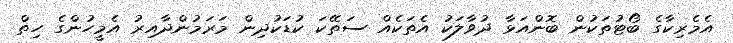
އެމެރިކާގެ ބޯޓުތަކުން ބޮންއަޅާ ދުވާލަކު އެތަކެއް ސަތޭކަ ކުޑަކުދިން މަރަމުންދާއިރު އެމީހުންގެ ހިތް